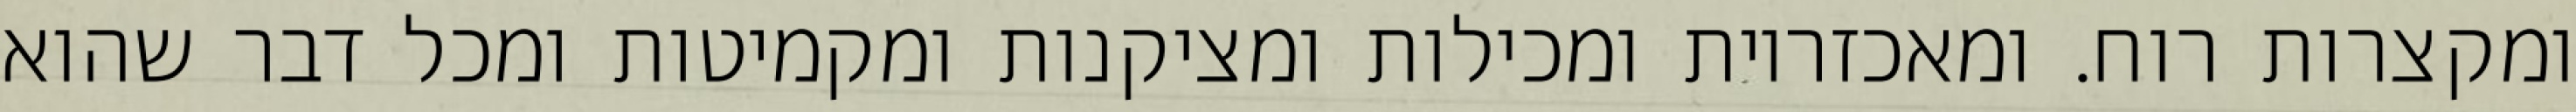
ומקצרות רוח. ומאכזריות ומכילות ומציקנות ומקמיטות ומכל דבר שהוא